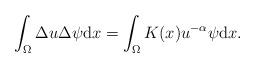
LaTeX: \begin{align*}\int_{\Omega}\Delta u\Delta\psi{\rm d}x=\int_{\Omega}K(x) u^{-\alpha}\psi{\rm d}x.\end{align*}